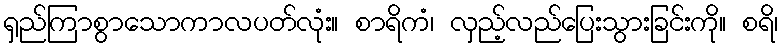
ရှည်ကြာစွာသောကာလပတ်လုံး။ စာရိကံ၊ လှည့်လည်ပြေးသွားခြင်းကို။ စရိ၊